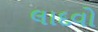
લાદવો